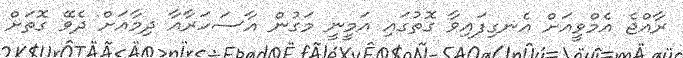
ރާއްޖެ އެމްވީއަށް އެނގިފައިވާ ގޮތުގައި އަމީނީ މަގުން އާސަހަރާއާ ދިމާއަށް ދެވޭ ގޮތަށް